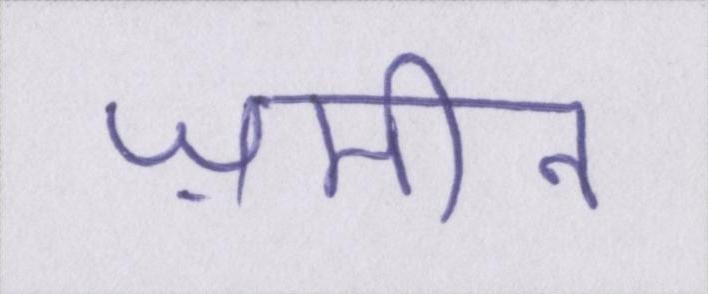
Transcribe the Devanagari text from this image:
ज़मीन